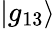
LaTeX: |g_{13}\rangle